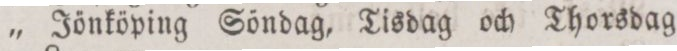
„ Jönköping Söndag, Tisdag och Thorsdag